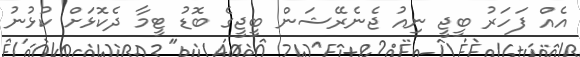
އެއް ފަހަރު ބީޖީ ނިއު ޖެނެރޭޝަން ބީޖީގެ ބޮޑު ޓީމާ ދެކޮޅަށް ކުޅުނު